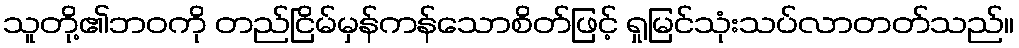
သူတို့၏ဘဝကို တည်ငြိမ်မှန်ကန်သောစိတ်ဖြင့် ရှုမြင်သုံးသပ်လာတတ်သည်။